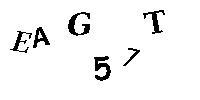
EAG57T